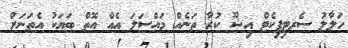
ހަލާލު ސެރޓިފިކެޓް އިޝޫ ކުރާ ތަނެއް މައްސަލަ އެއް އޮތް ބަޔަކު އެތަނަށް